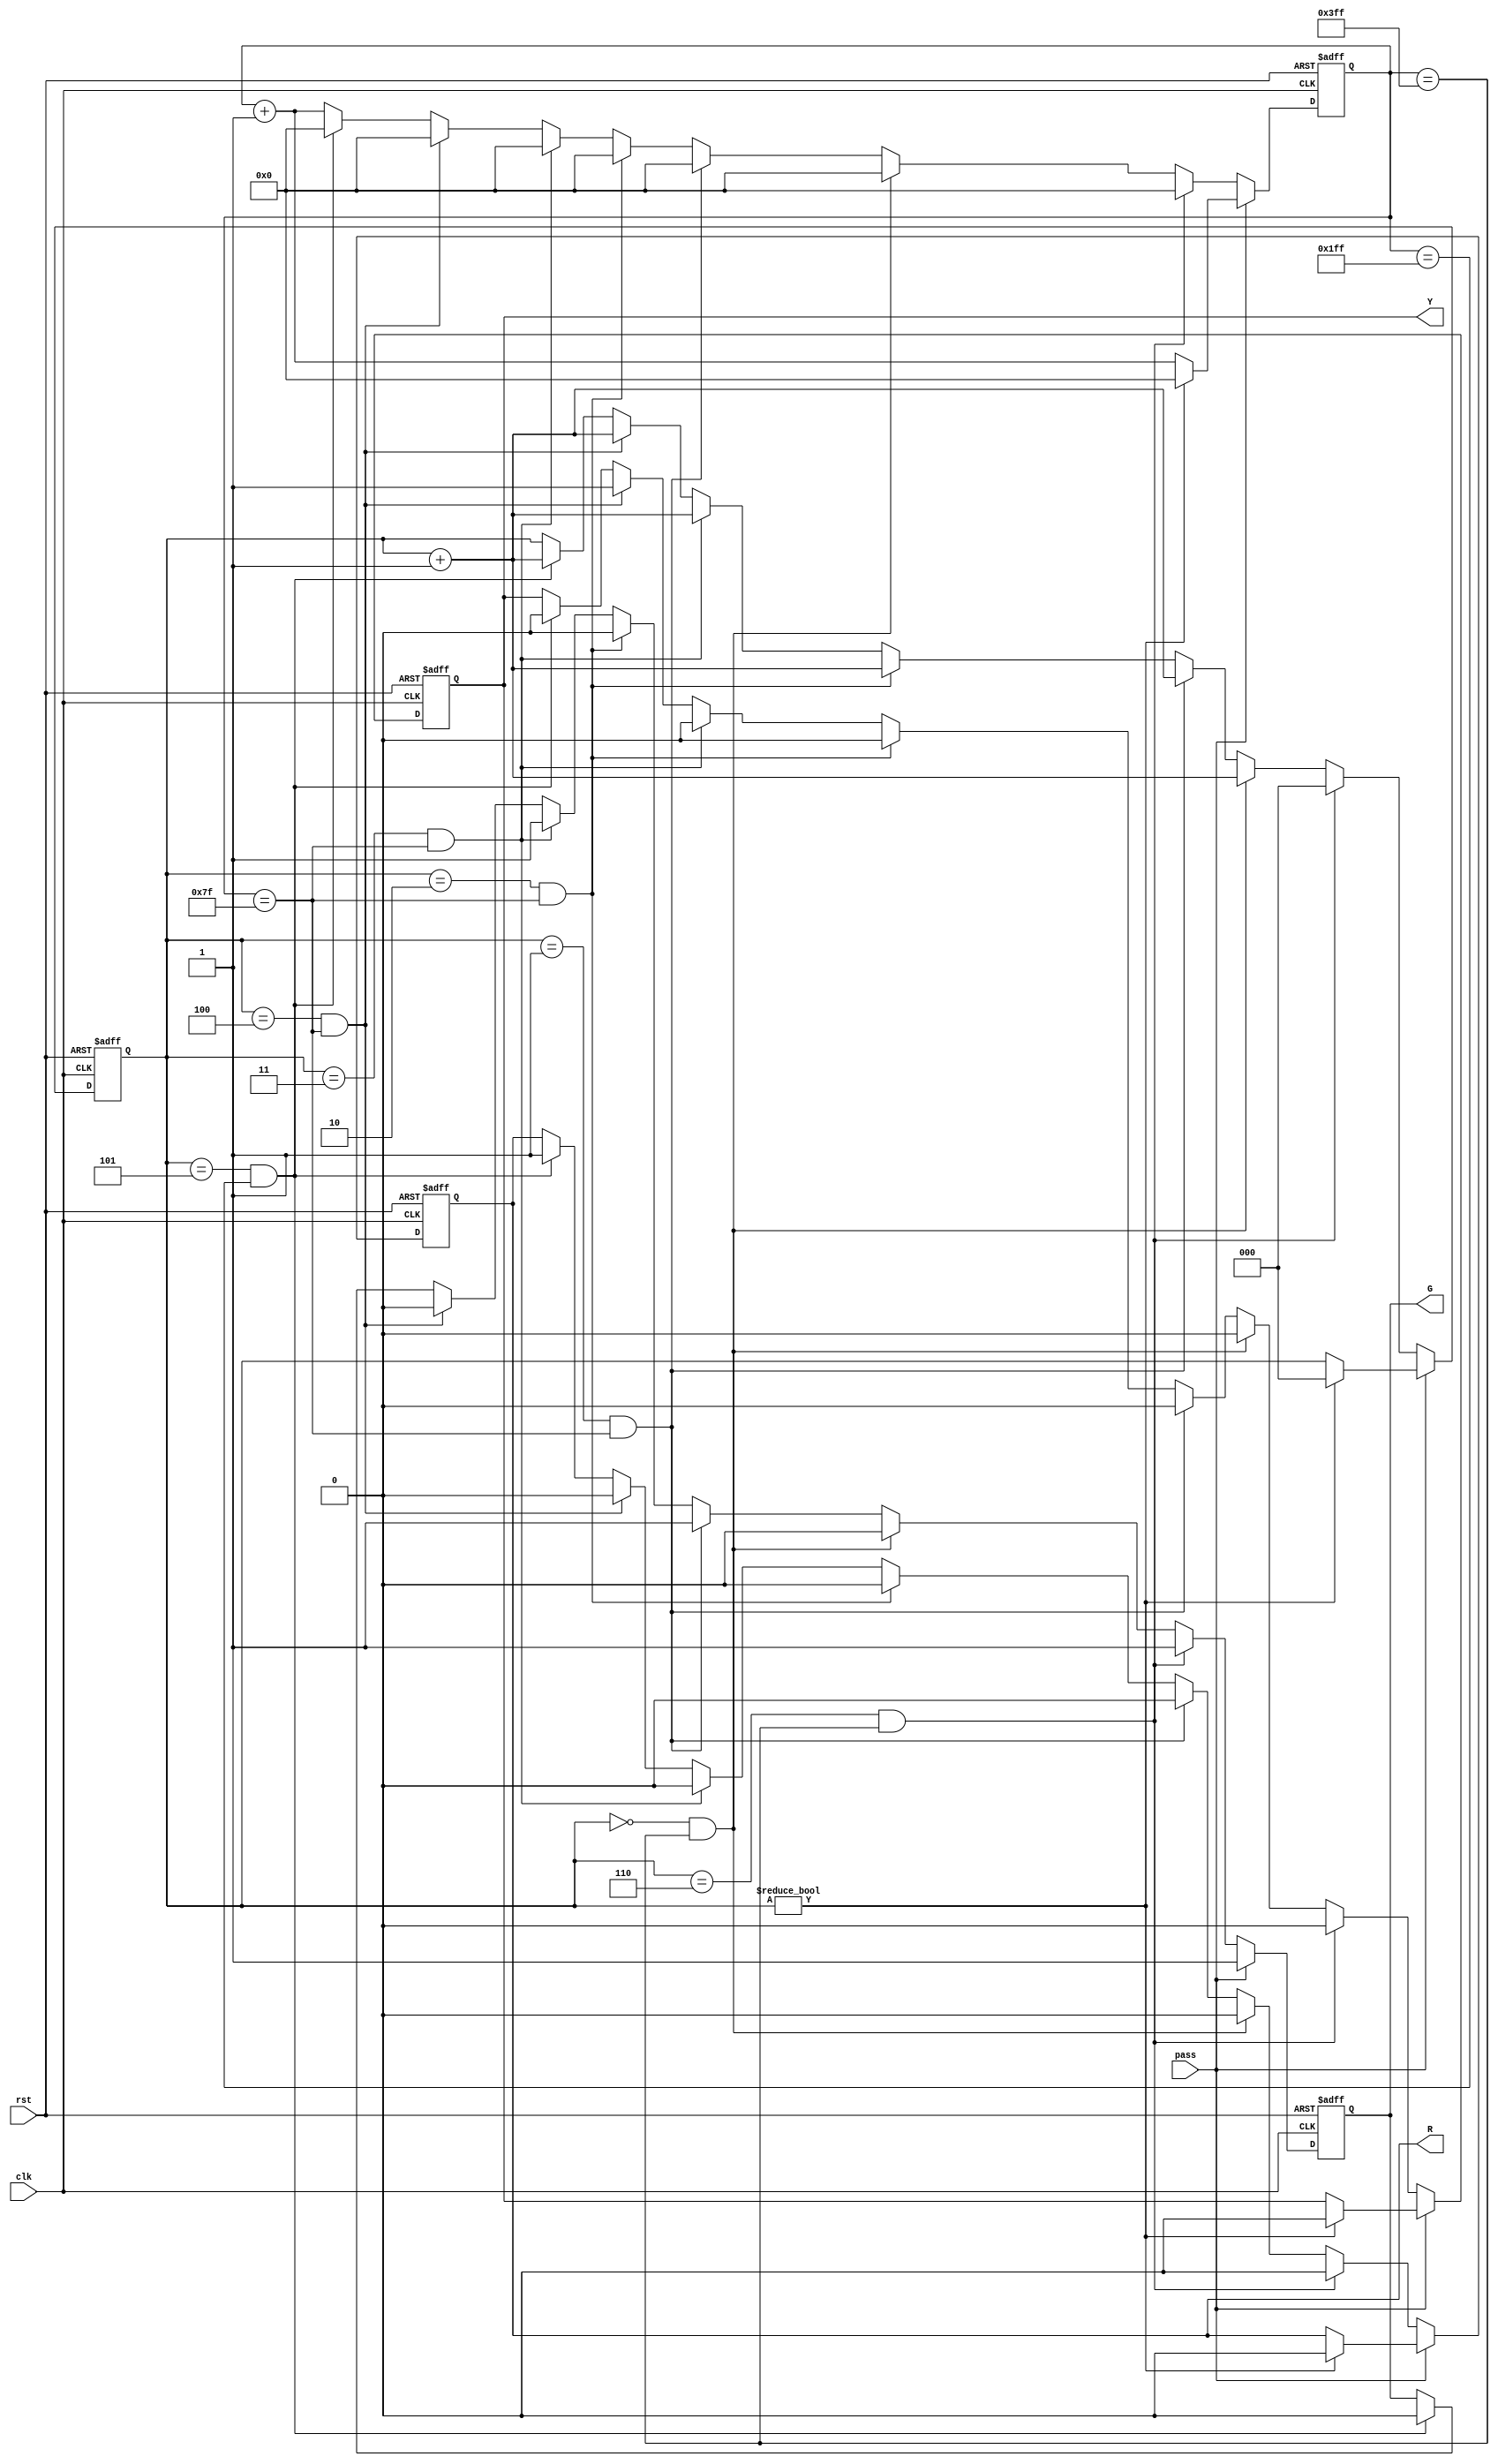
module traffic_light(
	input  clk,
    	input  rst,
    	input  pass,
    	output reg R,
    	output reg G,
    	output reg Y
);

//write your code here

reg[2:0] state;
reg[9:0] cycles;

always@(posedge clk or posedge rst)
begin
	if(rst==1'd1)
	begin state=3'd0;cycles=10'd0; R=0;G=1;Y=0;end//
	else if(pass==1'd1) 
	begin
		if(state!=3'd0) begin state=3'd0;cycles=10'd0;R=0;G=1;Y=0; end//
		else begin cycles=cycles+10'd1; G=1;end //G always=1
	end
	else begin
	if(state==3'd6&&cycles==10'd1023) begin state=3'd0;cycles=3'd0; R=0;G=1;Y=0;end
	else if(state==3'd0&&cycles==10'd1023)
		begin state=state+3'd1; cycles=10'd0;R=0;G=0;Y=0; end
	else if(state==3'd1&&cycles==10'd127)
		begin state=state+3'd1; cycles=10'd0;R=0;G=1;Y=0; end
	else if(state==3'd2&&cycles==10'd127)
		begin state=state+3'd1; cycles=10'd0;R=0;G=0;Y=0; end
	else if(state==3'd3&&cycles==10'd127)
		begin state=state+3'd1; cycles=10'd0;R=0;G=1;Y=0; end
	else if(state==3'd4&&cycles==10'd127)
		begin state=state+3'd1; cycles=10'd0;R=0;G=0;Y=1; end
	else if(state==3'd5&&cycles==10'd511)
		begin state=state+3'd1; cycles=10'd0;R=1;G=0;Y=0; end 
	else begin cycles=cycles+10'd1; end
end end
endmodule